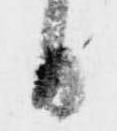
日